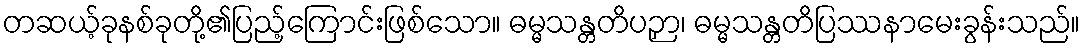
တဆယ့်ခုနစ်ခုတို့၏ပြည့်ကြောင်းဖြစ်သော။ ဓမ္မသန္တတိပဉှာ၊ ဓမ္မသန္တတိပြဿနာမေးခွန်းသည်။